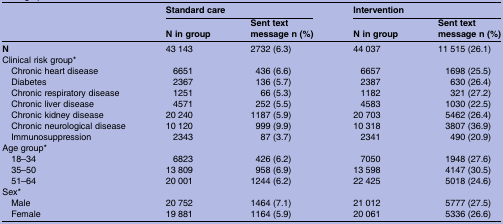
|  | <COLSPAN=2> Standard care | <COLSPAN=2> Intervention |
 |  | N in group | Sent text message n (%) | N in group | Sent text message n (%) |
 | --- | --- | --- | --- | --- |
 | N | 43 143 | 2732 (6.3) | 44 037 | 11 515 (26.1) |
 | <COLSPAN=5> Clinical risk group* |
 | Chronic heart disease | 6651 | 436 (6.6) | 6657 | 1698 (25.5) |
 | Diabetes | 2367 | 136 (5.7) | 2387 | 630 (26.4) |
 | Chronic respiratory disease | 1251 | 66 (5.3) | 1182 | 321 (27.2) |
 | Chronic liver disease | 4571 | 252 (5.5) | 4583 | 1030 (22.5) |
 | Chronic kidney disease | 20 240 | 1187 (5.9) | 20 703 | 5462 (26.4) |
 | Chronic neurological disease | 10 120 | 999 (9.9) | 10 318 | 3807 (36.9) |
 | Immunosuppression | 2343 | 87 (3.7) | 2341 | 490 (20.9) |
 | <COLSPAN=5> Age group* |
 | 18–34 | 6823 | 426 (6.2) | 7050 | 1948 (27.6) |
 | 35–50 | 13 809 | 958 (6.9) | 13 598 | 4147 (30.5) |
 | 51–64 | 20 001 | 1244 (6.2) | 22 425 | 5018 (24.6) |
 | <COLSPAN=5> Sex* |
 | Male | 20 752 | 1464 (7.1) | 21 012 | 5777 (27.5) |
 | Female | 19 881 | 1164 (5.9) | 20 061 | 5336 (26.6) |